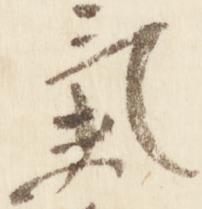
気